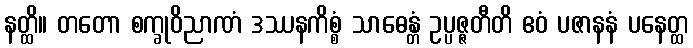
နတ္ထိ။ တတော စက္ခုဝိညာဏံ ဒဿနကိစ္စံ သာဓေန္တံ ဥပ္ပဇ္ဇတီတိ ဧဝံ ပဇာနနံ ပနေတ္ထ